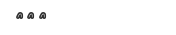
١٠١